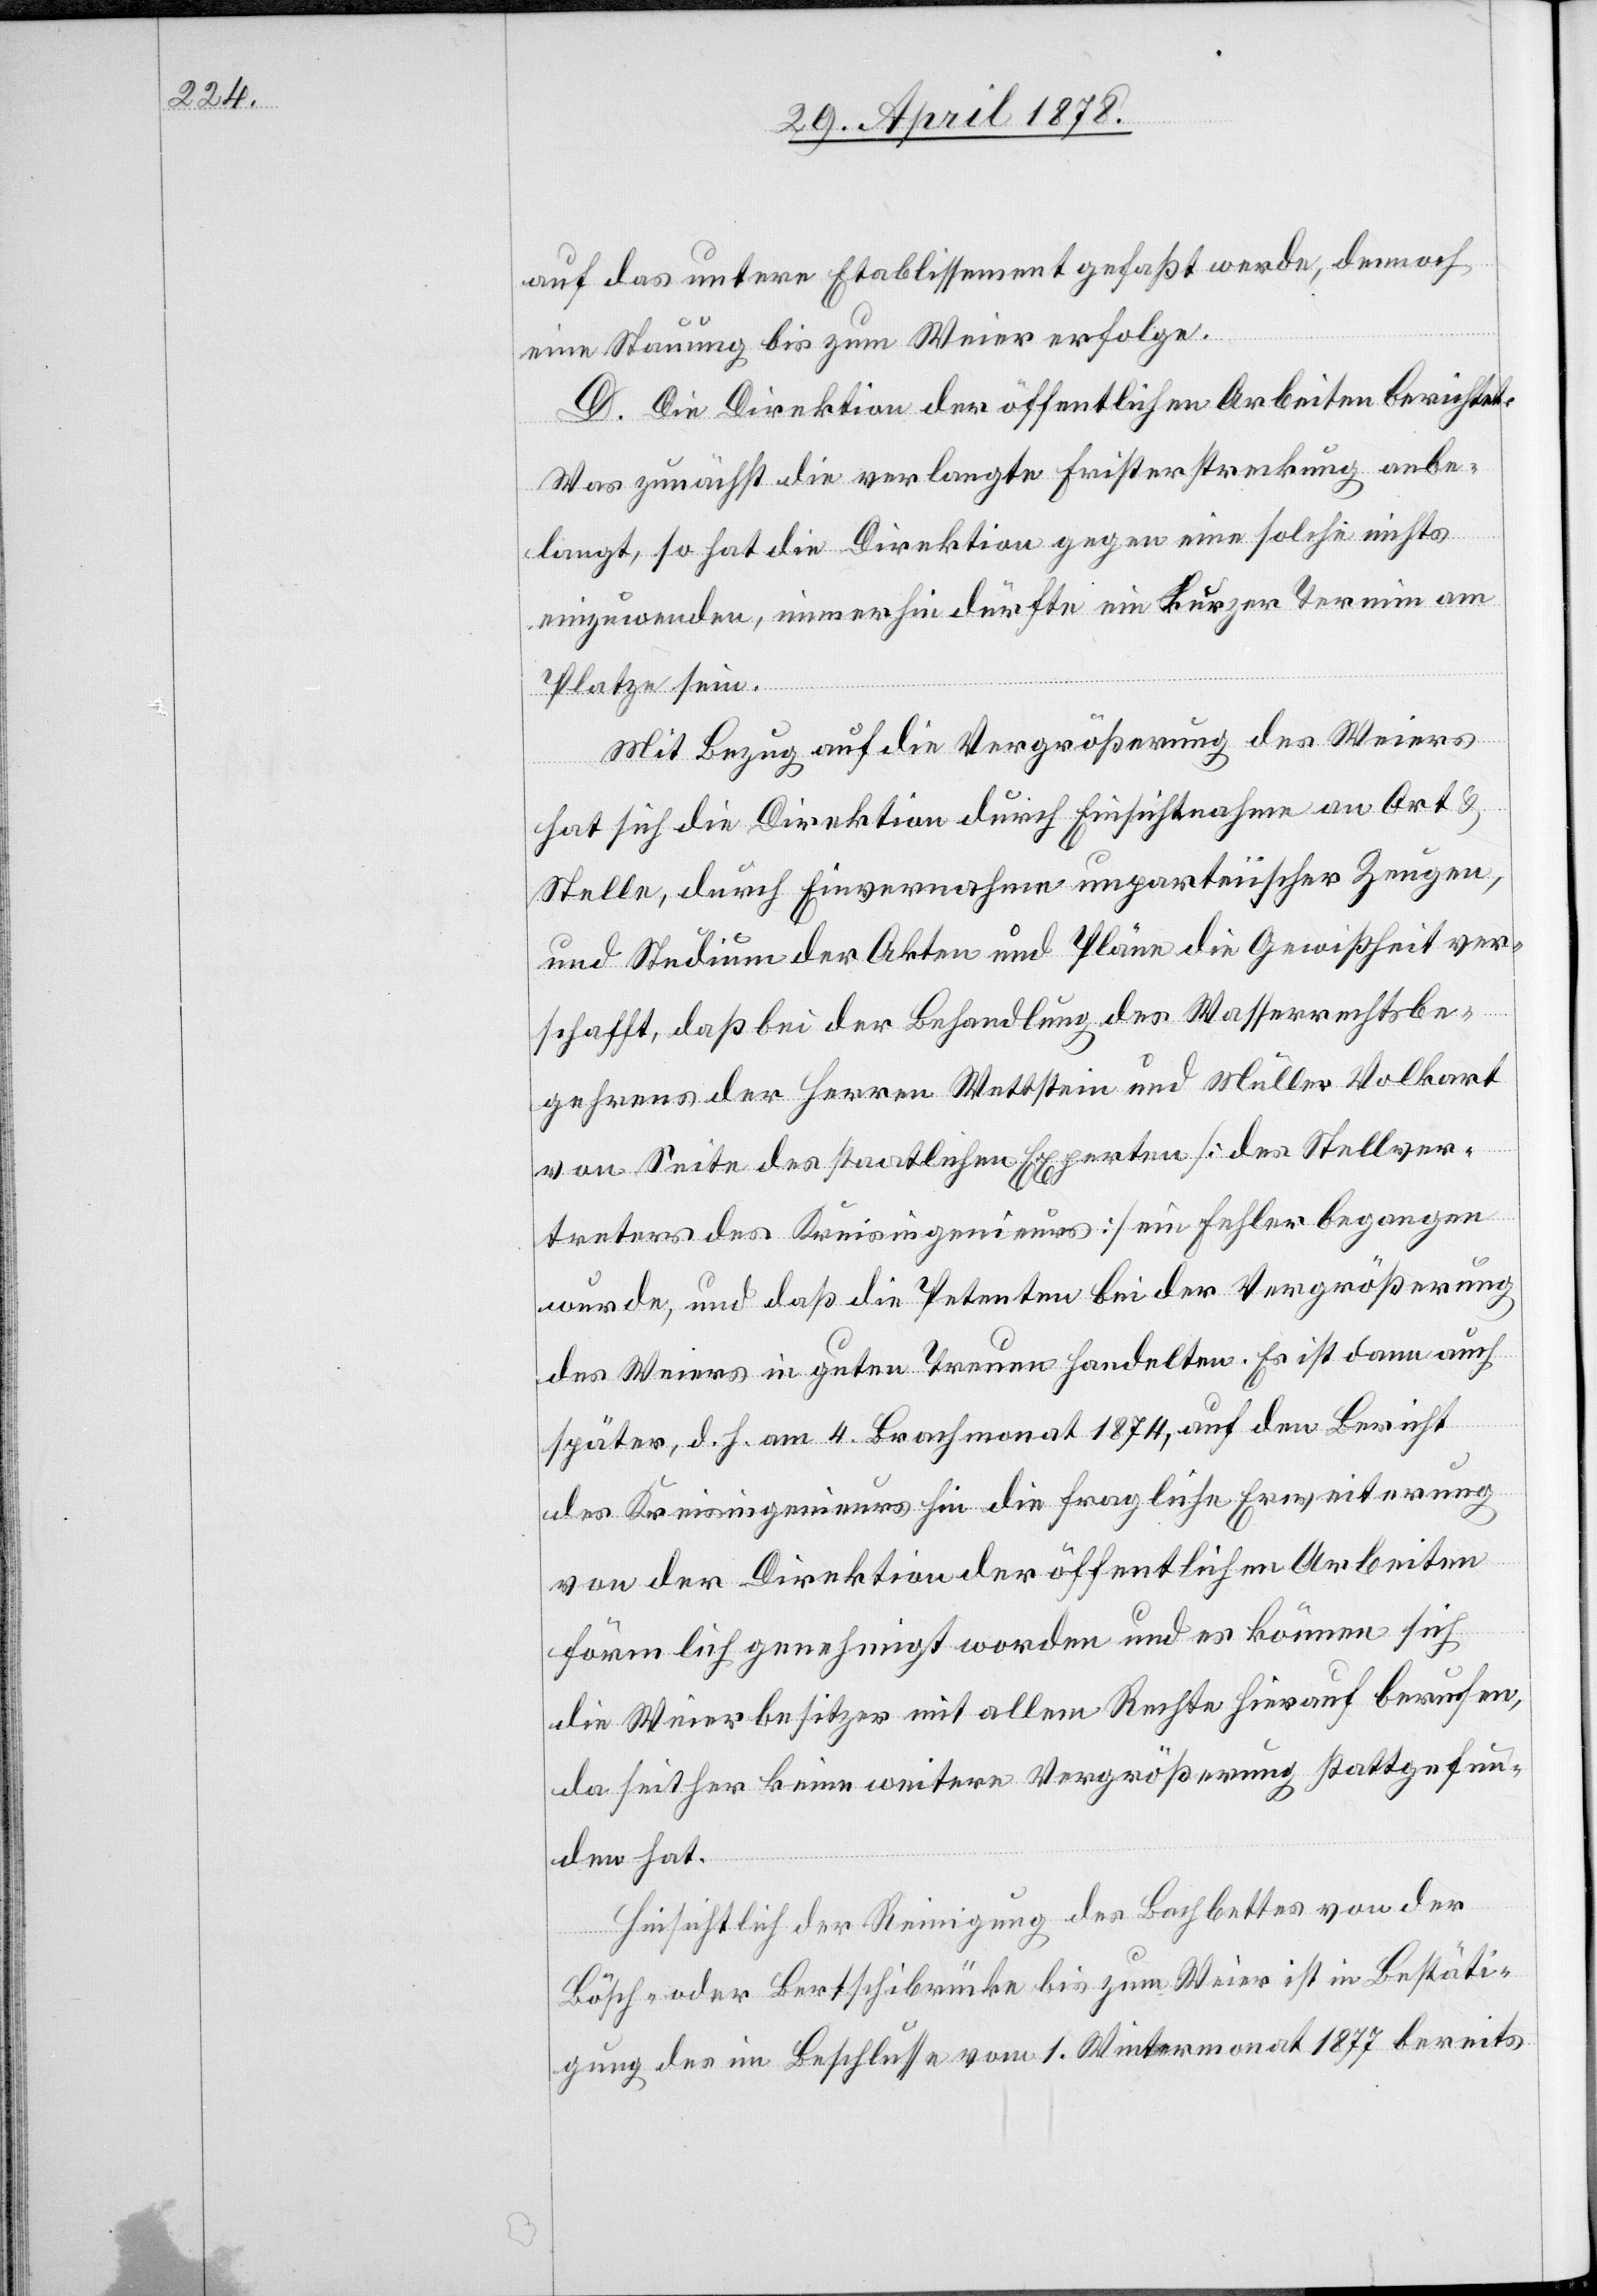
auf das untere Etablissement gefaßt werde, dennoch
eine Stauung bis zum Weier erfolge.
D. Die Direktion der öffentlichen Arbeiten berichtet:
Was zunächst die verlangte Fristerstreckung anbe¬
langt, so hat die Direktion gegen eine solche nichts
einzuwenden, immerhin dürfte ein kurzer Termin am
Platze sein.
Mit Bezug auf die Vergrößerung des Weiers
hat sich die Direktion durch Einsichtnahme an Ort &
Stelle, durch Einvernahme unparteiischer Zeugen,
und Studien der Akten und Pläne die Gewissheit ver¬
schafft, daß bei der Behandlung des Wasserrechtsbe¬
gehrens der Herren Wettstein und Müller Volkart
von Seite des staatlichen Experten [des Stellver¬
treters des Kreisingenieurs] ein Fehler begangen
wurde, und daß die Petenten bei der Vergrößerung
des Weiers in guten Treuen handelten. Es ist dann auch
später, d. h. am 4. Brachmonat 1874, auf den Bericht
des Kreisingenieurs hin die fragliche Erweiterung
von der Direktion der öffentlichen Arbeiten
förmlich genehmigt worden und es können sich
die Weierbesitzer mit allem Rechte hierauf berufen,
da seither keine weitere Vergrösserung stattgefun¬
den hat.
Hinsichtlich der Reinigung des Bachbettes von der
Bösch- oder Bertschibrücke bis zum Weier ist in Bestäti¬
gung des im Beschlusse vom 1. Wintermonat 1877 bereits